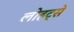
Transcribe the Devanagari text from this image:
लोहट्से